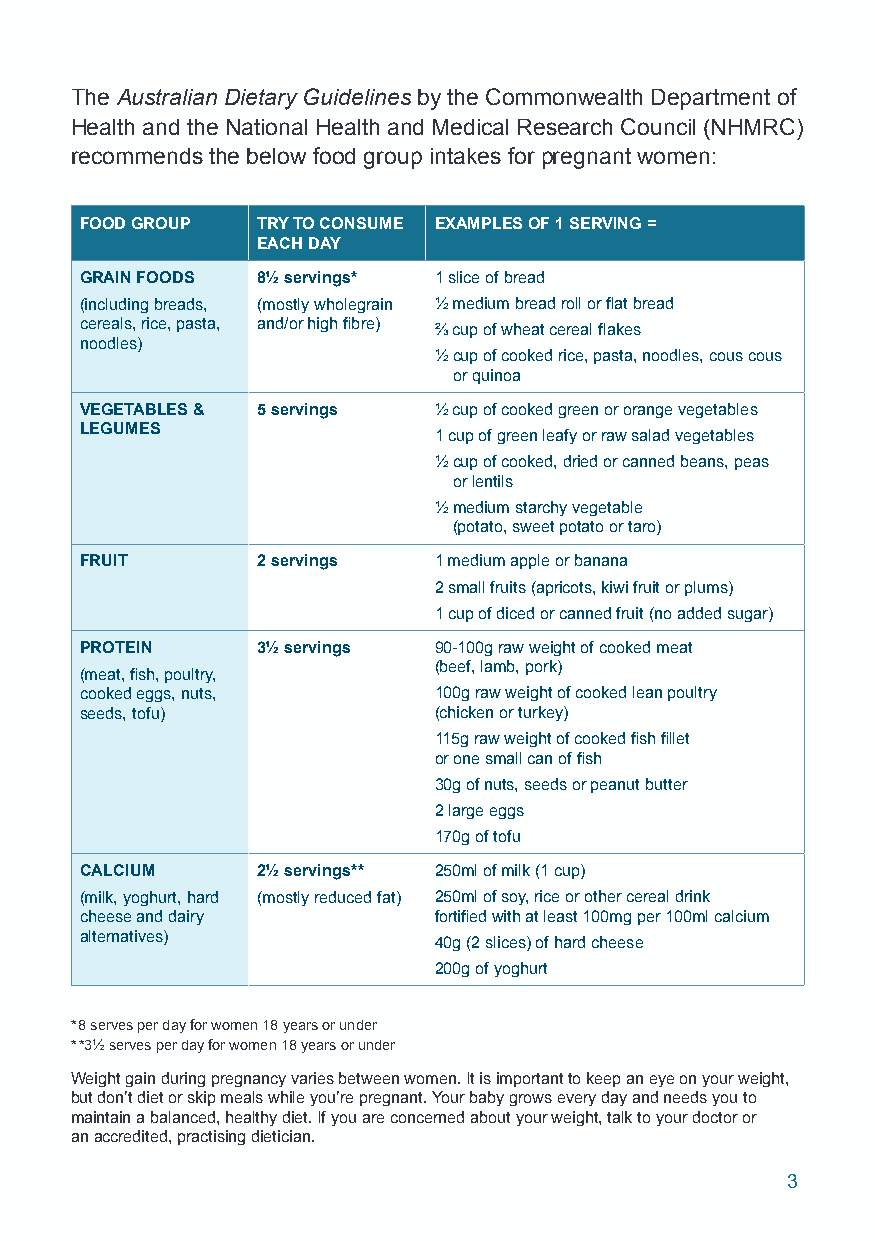
The Australian Dietary Guidelines by the Commonwealth Department of
 Health and the National Health and Medical Research Council (NHMRC)
 recommends the below food group intakes for pregnant women:
 FOOD GROUP  TRY TO CONSUME EXAMPLES OF 1 SERVING =
 EACH DAY
 GRAIN FOODS 8½ servings* 1 slice of bread
 (including breads, (mostly wholegrain ½ medium bread roll or flat bread
 cereals, rice, pasta, and/or high fibre) ⅔ cup of wheat cereal flakes
 noodles)
 ½ cup of cooked rice, pasta, noodles, cous cous
 or quinoa
 VEGETABLES & 5 servings ½ cup of cooked green or orange vegetables
 LEGUMES                 1 cup of green leafy or raw salad vegetables
 ½ cup of cooked, dried or canned beans, peas
 or lentils
 ½ medium starchy vegetable
 (potato, sweet potato or taro)
 FRUIT       2 servings  1 medium apple or banana
 2 small fruits (apricots, kiwi fruit or plums)
 1 cup of diced or canned fruit (no added sugar)
 PROTEIN     3½ servings 90-100g raw weight of cooked meat
 (beef, lamb, pork)
 (meat, fish, poultry,
 cooked eggs, nuts,      100g raw weight of cooked lean poultry
 seeds, tofu)            (chicken or turkey)
 115g raw weight of cooked fish fillet
 or one small can of fish
 30g of nuts, seeds or peanut butter
 2 large eggs
 170g of tofu
 CALCIUM     2½ servings** 250ml of milk (1 cup)
 (milk, yoghurt, hard (mostly reduced fat) 250ml of soy, rice or other cereal drink
 cheese and dairy        fortified with at least 100mg per 100ml calcium
 alternatives)           40g (2 slices) of hard cheese
 200g of yoghurt
 *8 serves per day for women 18 years or under
 **3½ serves per day for women 18 years or under
 Weight gain during pregnancy varies between women. It is important to keep an eye on your weight,
 but don’t diet or skip meals while you’re pregnant. Your baby grows every day and needs you to
 maintain a balanced, healthy diet. If you are concerned about your weight, talk to your doctor or
 an accredited, practising dietician.
 3